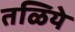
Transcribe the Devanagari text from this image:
तळिये